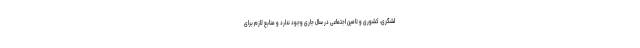
لشگری، کشوری و تامین اجتماعی در سال جاری وجود ندارد و منابع لازم برای